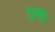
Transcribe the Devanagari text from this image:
रायः